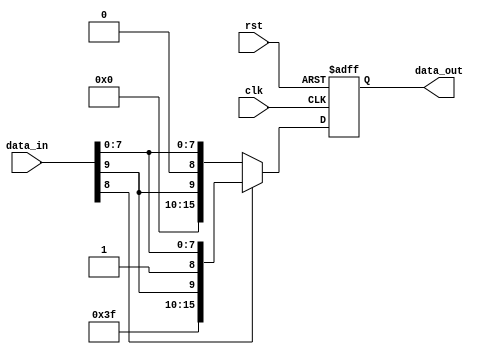
`timescale 1ns / 1ns

module Sign_Extension_10bit(
  input clk,rst, 
  input [9:0]data_in,
  output reg [15:0] data_out
);

always @(posedge rst,posedge clk) begin
  if(rst) begin
    data_out<=16'b0;
end 
else begin
  if ( data_in[8] == 1'b1)begin
   data_out<={6'b111111,data_in};
    end else if ( data_in[8] == 1'b0) begin
      data_out<={6'b000000,data_in};
      end else begin
        data_out<=data_in;
  end
end
end
endmodule


/*****Sign_Extension_10bit_tb*****/

module Sign_Extension_10bit_tb;
reg clk;
reg rst;
reg [9:0]data_in;
wire [15:0] data_out;

Sign_Extension_10bit se10b( .clk(clk), .rst(rst), .data_in(data_in), .data_out(data_out));

localparam CLK_PERIOD = 100;
  localparam RUNNING_CYCLES = 10;
  initial begin
    clk = 0;
    repeat (2*RUNNING_CYCLES) #(CLK_PERIOD/2) clk = ~clk;
  end

localparam RST_DURATION = 25;
initial begin
  rst = 1;
  #(RST_DURATION) ;
  rst = 0;
end

initial begin
  data_in = 10'b0000000000;
end

initial begin
  #100
  data_in = 10'b0100000000;
  
  #100
  data_in = 10'b0000000000;
  
  #100
  data_in = 10'b0100001100;
  
  #100
  data_in = 10'b0000010100;
  
  #100
  data_in = 10'b0100010001;
  
  #100
  data_in = 10'b0000000011;
  
  #100
  data_in = 10'b0100010000;
  
  #100
  data_in = 10'b0001100010;
end
endmodule